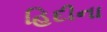
હિદીના